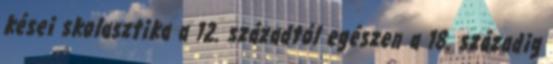
kései skolasztika a 12. századtól egészen a 18. századig